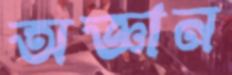
অজ্ঞান